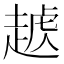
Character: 𧼥